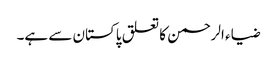
ضیاء الرحمن کا تعلق پاکستان سے ہے۔